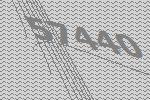
57440